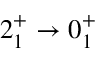
2 _ { 1 } ^ { + } \rightarrow 0 _ { 1 } ^ { + }